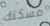
مسكتك